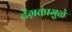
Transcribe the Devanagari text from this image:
टेंग़ळामुळे